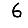
Digit: 6